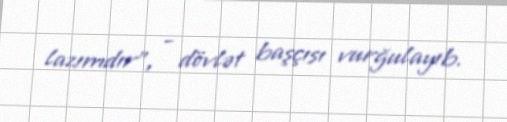
lazımdır”, - dövlət başçısı vurğulayıb.